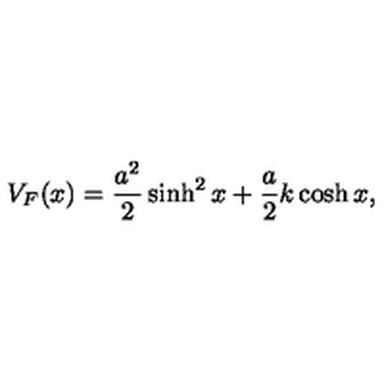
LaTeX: V _ { F } ( x ) = \frac { a ^ { 2 } } 2 \sinh ^ { 2 } x + \frac a 2 k \cosh x ,